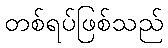
တစ်ရပ်ဖြစ်သည်